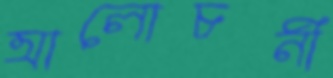
আলোচনী